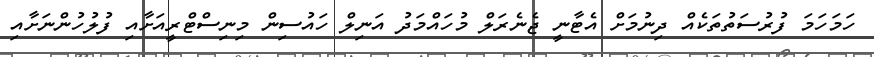
ހަމަހަމަ ފުރުސަތުތަކެއް ދިނުމަށް އެޓާނީ ޖެނެރަލް މުހައްމަދު އަނިލް ހައުސިން މިނިސްޓްރީއަށާއި ފުލުހުންނަށާއި